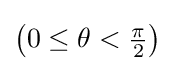
{\textstyle \left(0\leq \theta <{\frac {\pi }{2}}\right)}